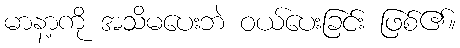
မာနာ့ကို အသိမပေးဘဲ ဝယ်ပေးခြင်း ဖြစ်၏။